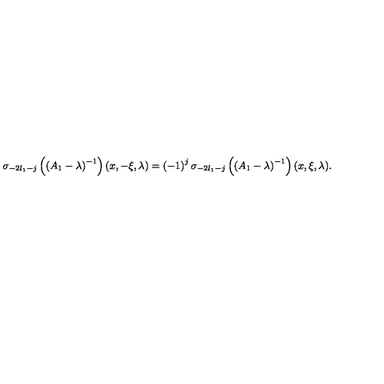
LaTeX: \sigma _ { - 2 l _ { 1 } - j } \left( \left( A _ { 1 } - \lambda \right) ^ { - 1 } \right) ( x , - \xi , \lambda ) = \left( - 1 \right) ^ { j } \sigma _ { - 2 l _ { 1 } - j } \left( \left( A _ { 1 } - \lambda \right) ^ { - 1 } \right) ( x , \xi , \lambda ) .